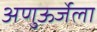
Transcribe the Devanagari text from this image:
अणुऊर्जेला